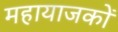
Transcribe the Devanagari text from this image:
महायाजकों